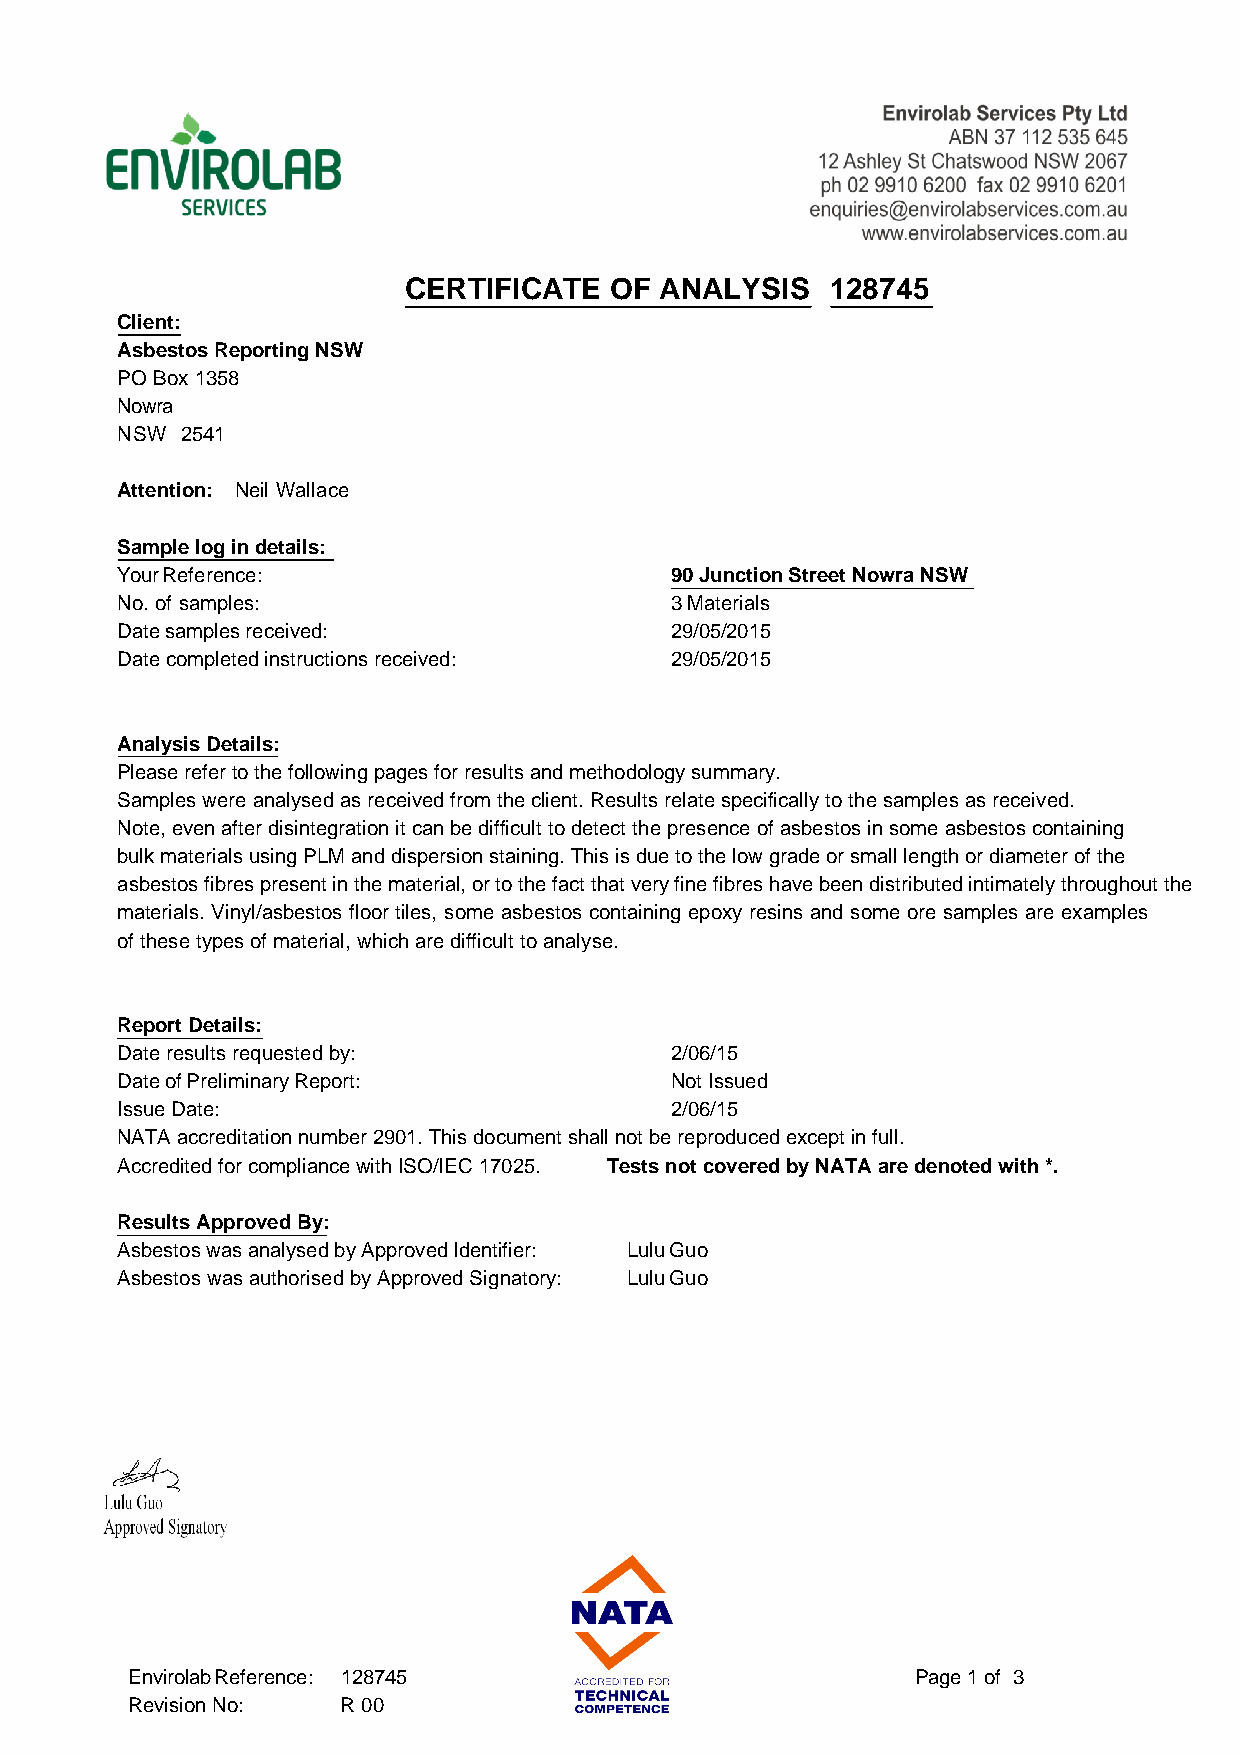
CERTIFICATE  OF  ANALYSIS   128745
 Client:
 Asbestos Reporting NSW
 PO Box 1358
 Nowra
 NSW 2541
 Attention: Neil Wallace
 Sample log in details:
 Your Reference:                     90 Junction Street Nowra NSW
 No. of samples:                     3 Materials
 Date samples received:              29/05/2015
 Date completed instructions received: 29/05/2015
 Analysis Details:
 Please refer to the following pages for results and methodology summary.
 Samples were analysed as received from the client. Results relate specifically to the samples as received.
 Note, even after disintegration it can be difficult to detect the presence of asbestos in some asbestos containing
 bulk materials using PLM and dispersion staining. This is due to the low grade or small length or diameter of the
 asbestos fibres present in the material, or to the fact that very fine fibres have been distributed intimately throughout the
 materials. Vinyl/asbestos floor tiles, some asbestos containing epoxy resins and some ore samples are examples
 of these types of material, which are difficult to analyse.
 Report Details:
 Date results requested by:          2/06/15
 Date of Preliminary Report:         Not Issued
 Issue Date:                         2/06/15
 NATA accreditation number 2901. This document shall not be reproduced except in full.
 Accredited for compliance with ISO/IEC 17025. Tests not covered by NATA are denoted with *.
 Results Approved By:
 Asbestos was analysed by Approved Identifier: Lulu Guo
 Asbestos was authorised by Approved Signatory: Lulu Guo
 Envirolab Reference: 128745                          Page 1 of 3
 Revision No:   R 00